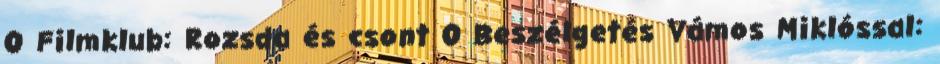
0 Filmklub: Rozsda és csont 0 Beszélgetés Vámos Miklóssal: